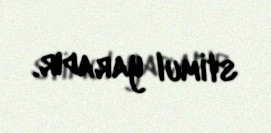
stimul yaradır.